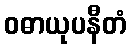
ဝဓာယုပနီတံ